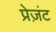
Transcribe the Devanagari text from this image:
प्रेज़ंट